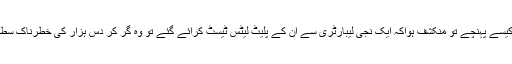
جب تحقیقات کی گئی کہ میاں صاحب اچانک 22اور23اکتوبر کی شب سروسزہسپتال لاہور کیسے پہنچے تو منکشف ہواکہ ایک نجی لیبارٹری سے ان کے پلیٹ لیٹس ٹیسٹ کرائے گئے تو وہ گر کر دس ہزار کی خطرناک سطح تک آچکے تھے جس پر نیب نے انھیں رات ساڑھے بارہ بجے سروسز ہسپتال منتقل کردیا۔